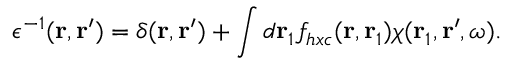
\epsilon ^ { - 1 } ( \mathbf { r } , \mathbf { r } ^ { \prime } ) = \delta ( \mathbf { r } , \mathbf { r } ^ { \prime } ) + \int d \mathbf { r } _ { 1 } f _ { h x c } ( \mathbf { r } , \mathbf { r } _ { 1 } ) \chi ( \mathbf { r } _ { 1 } , \mathbf { r } ^ { \prime } , \omega ) .